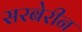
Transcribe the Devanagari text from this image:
सरबेरीन